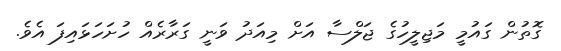
ގޮތުން ގައުމީ މަޖިލީހުގެ ޖަލްސާ އަށް މިއަދު ވަނީ ގަރާރެއް ހުށަހަޅައިފަ އެވެ.